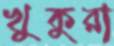
খুকুরা